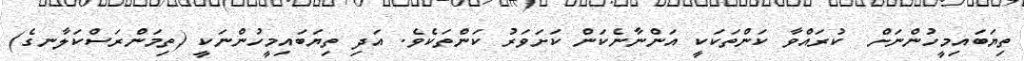
ތިޔަބައިމީހުންނަށް  ކުރައްވާ ކަންތަކަކީ އަންނާނެކަން ކަށަވަރު ކަންތަކެވެ. އަދި ތިޔަބައިމީހުންނަކީ (ތިމަންރަސްކަލާނގެ)